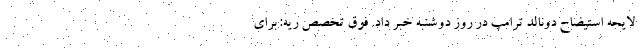
لایحه استیضاح دونالد ترامپ در روز دوشنبه خبر داد. فوق تخصص ریه: برای